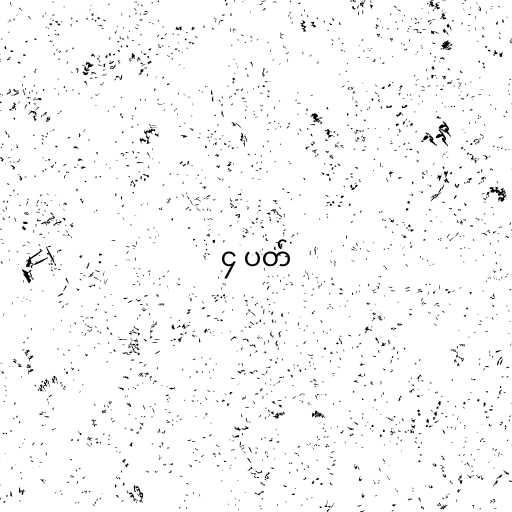
၄ ပတ်